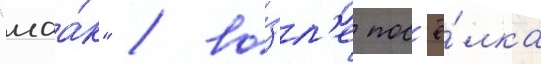
"маа́к" / во́зл'е пос'ё́лка